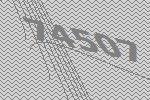
74507